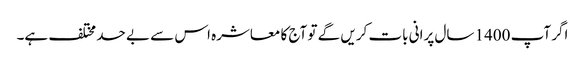
اگر آپ 1400 سال پرانی بات کریں گے تو آج کا معاشرہ اس سے بے حد مختلف ہے۔